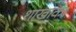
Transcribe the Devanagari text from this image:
शाखाका